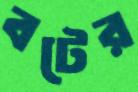
বটের